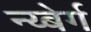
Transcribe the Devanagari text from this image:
न्य्बेर्ग